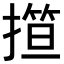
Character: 𢴈